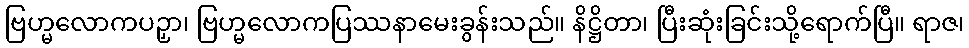
ဗြဟ္မလောကပဉှာ၊ ဗြဟ္မလောကပြဿနာမေးခွန်းသည်။ နိဋ္ဌိတာ၊ ပြီးဆုံးခြင်းသို့ရောက်ပြီ။ ရာဇ၊